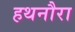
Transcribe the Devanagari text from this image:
हथनौरा